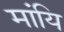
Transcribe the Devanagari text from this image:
मांयि